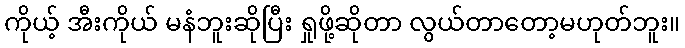
ကိုယ့် အီးကိုယ် မနံဘူးဆိုပြီး ရှုဖို့ဆိုတာ လွယ်တာတော့မဟုတ်ဘူး။